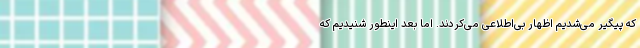
که پیگیر می‌شدیم اظهار بی‌اطلاعی می‌کردند. اما بعد اینطور شنیدیم که